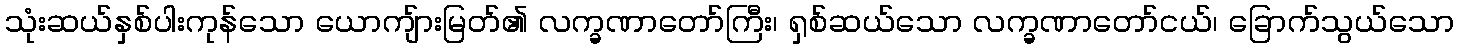
သုံးဆယ်နှစ်ပါးကုန်သော ယောကျ်ားမြတ်၏ လက္ခဏာတော်ကြီး၊ ရှစ်ဆယ်သော လက္ခဏာတော်ငယ်၊ ခြောက်သွယ်သော